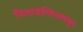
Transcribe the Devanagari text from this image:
फिलाडेल्फियामधून